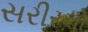
સરીરનો